Vaccination North-Western Provinces and Oudh 1896-1901 - 1896-1901
Year: 1896
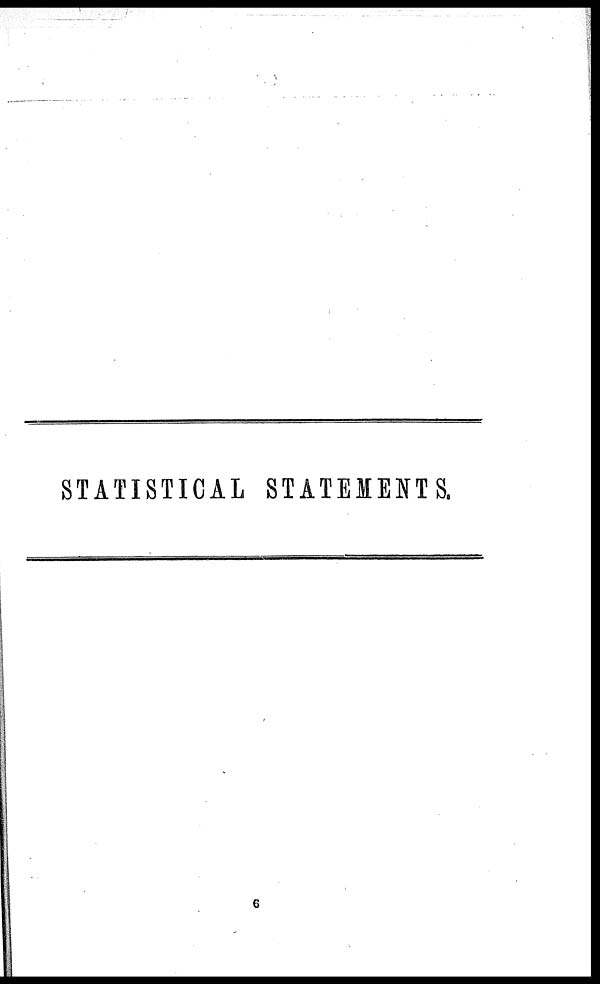
STATISTICAL STATEMENTS.